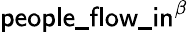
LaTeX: \mathsf{people\_ flow\_ in}^{\beta}